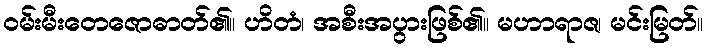
ဝမ်းမီးတေဇောဓာတ်၏။ ဟိတံ၊ အစီးအပွားဖြစ်၏။ မဟာရာဇ၊ မင်းမြတ်။